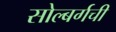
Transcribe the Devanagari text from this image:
सोल्बर्गची